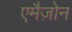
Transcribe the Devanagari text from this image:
एमैज़ोन